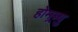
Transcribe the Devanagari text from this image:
होमब्र्यु